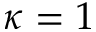
\kappa = 1